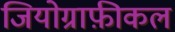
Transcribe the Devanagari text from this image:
जियोग्राफ़ीकल